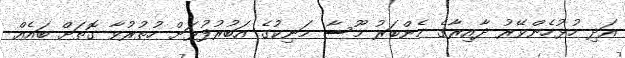
އަދި ހުޅުހެންވޭރު ދާއިރާގެ މެންބަރު މޫސާ މަނިކުގެ އަބުރުފުޅަށް ހުތުރުވާ ގޮތަށް ބައެއް